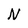
Character: N